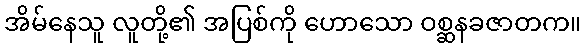
အိမ်နေသူ လူတို့၏ အပြစ်ကို ဟောသော ဝစ္ဆနခဇာတက။